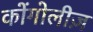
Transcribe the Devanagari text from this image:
कोंगोलीज़